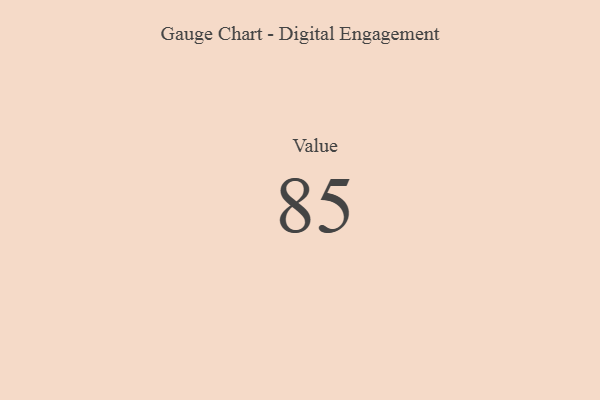
{"axis": {"x": "Metric", "y": "Value"}, "legend": [""], "data": [{"x": "Value", "y": 85, "type": ""}]}